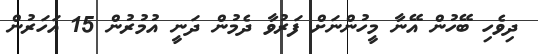
ދިވެހި ބޭހުން އޭނާ މީހުންނަށް ފަރުވާ ދެމުން ދަނީ އުމުރުން 15 އަހަރުން